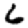
Digit: 6